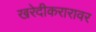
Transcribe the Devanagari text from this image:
खरेदीकरारावर